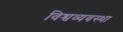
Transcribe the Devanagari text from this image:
विश्वव्यवस्था